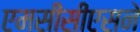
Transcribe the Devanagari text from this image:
एमसीसीएसने